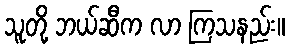
သူတို့ ဘယ်ဆီက လာ ကြသနည်း။